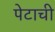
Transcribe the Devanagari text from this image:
पेटाची